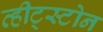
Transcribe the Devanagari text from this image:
व्हीट्स्टोन